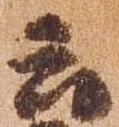
云